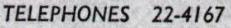
TELEPHONES 22-4167